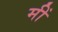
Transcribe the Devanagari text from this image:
मीं